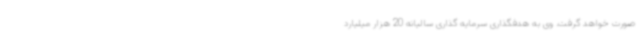
صورت خواهد گرفت. وی به هدفگذاری سرمایه گذاری سالیانه 20 هزار میلیارد